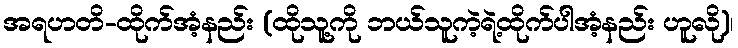
အရဟတိ-ထိုက်အံ့နည်း (ထိုသူ့ကို ဘယ်သူကဲ့ရဲ့ထိုက်ပါအံ့နည်း ဟူလို)၊